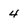
Character: 4